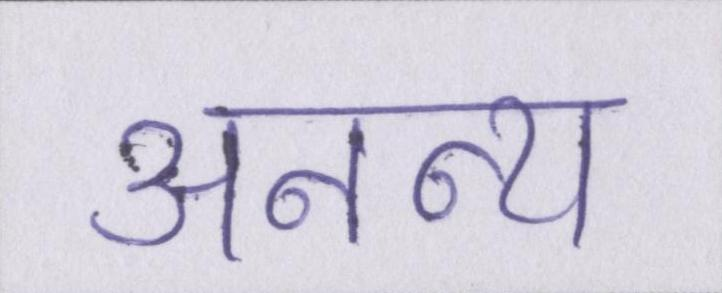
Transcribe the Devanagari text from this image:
अनन्य